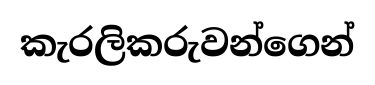
කැරලිකරුවන්ගෙන්